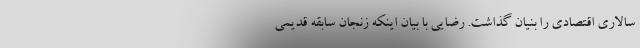
سالاری اقتصادی را بنیان گذاشت. رضایی با بیان اینکه زنجان سابقه قدیمی